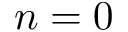
n = 0